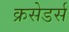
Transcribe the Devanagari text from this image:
क्रसेडर्स